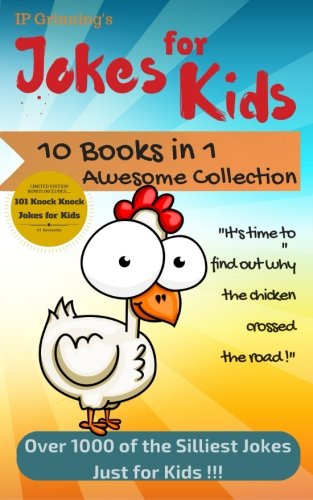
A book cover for Jokes for Kids - 10 in 1 Collection - Limited Edition; IP Grinning; Children's Books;